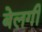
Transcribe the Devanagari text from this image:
बेलगी